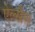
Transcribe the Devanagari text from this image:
ऐल्सैस